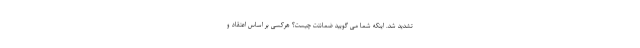
تشدید شد. اینکه شما می گویید ضمانتت چیست؟ هرکسی بر اساس اعتقاد و